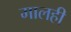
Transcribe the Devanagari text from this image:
मालही